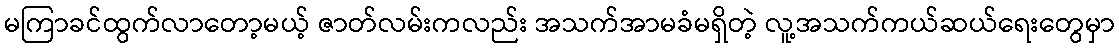
မကြာခင်ထွက်လာတော့မယ့် ဇာတ်လမ်းကလည်း အသက်အာမခံမရှိတဲ့ လူ့အသက်ကယ်ဆယ်ရေးတွေမှာ